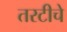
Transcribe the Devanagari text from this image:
तरटीचे